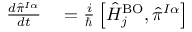
\begin{array} { r l } { \frac { d { \hat { \pi } } ^ { I \alpha } } { d t } } & { { } = \frac i { \hbar } \left[ \hat { H } _ { j } ^ { \mathrm { B O } } , { \hat { \pi } ^ { I \alpha } } \right] } \end{array}